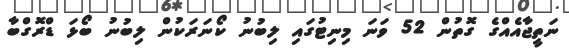
ނަތީޖާއެއްގެ ގޮތުން 52 ވަނަ މިނިޓުގައި ލިބުނު ކޯނަރަކުން ލިބުނު ބޯޅަ ޑްރޮގްބާ